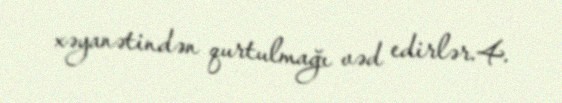
xəyanətindən qurtulmağı vəd edirlər.4.